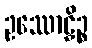
ဥဿောဠှိဉ္စ